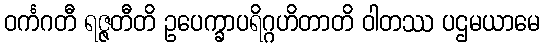
ဝင်္ကဂတီ ရဇ္ဇတီတိ ဥပေက္ခာပရိဂ္ဂဟိတာတိ ဝါတဿ ပဌမယာမေ